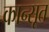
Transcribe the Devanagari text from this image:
कान्सूत